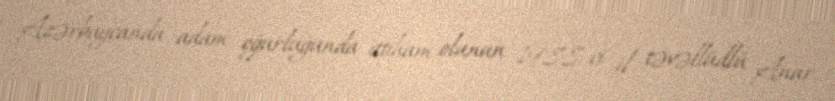
Azərbaycanda adam oğurluğunda ittiham olunan 1988-ci il təvəllüdlü Anar,